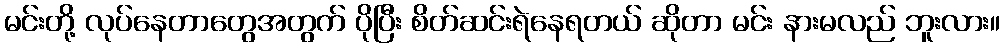
မင်းတို့ လုပ်နေတာတွေအတွက် ပိုပြီး စိတ်ဆင်းရဲနေရတယ် ဆိုတာ မင်း နားမလည် ဘူးလား။